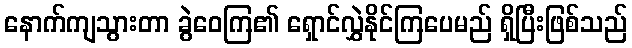
နောက်ကျသွားတာ ခွဲဝေကြ၏ ရှောင်လွှဲနိုင်ကြပေမည် ရှိပြီးဖြစ်သည်